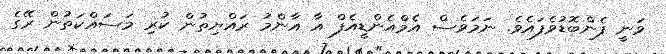
ވަނީ ފެންބޮޑުވެފައެވެ. ނަމަވެސް އެމްއެންޑީއެފް އާ އާންމު ރައްޔިތުން ކުރި މަސައްކަތުން ރޭގެ